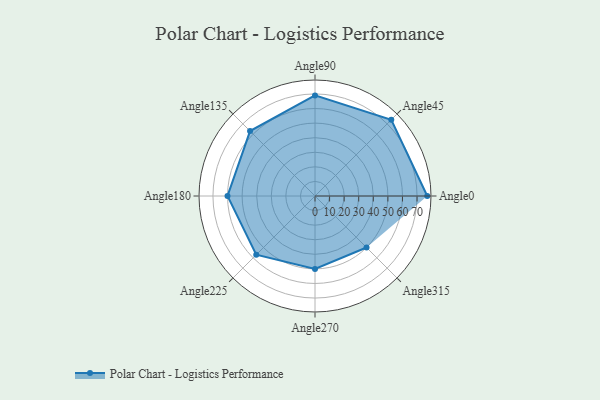
{"axis": {"x": "Angle", "y": "Radius"}, "legend": [""], "data": [{"x": "Angle0", "y": 77.0, "type": ""}, {"x": "Angle45", "y": 74.0, "type": ""}, {"x": "Angle90", "y": 69.0, "type": ""}, {"x": "Angle135", "y": 63.0, "type": ""}, {"x": "Angle180", "y": 60.0, "type": ""}, {"x": "Angle225", "y": 57.0, "type": ""}, {"x": "Angle270", "y": 50, "type": ""}, {"x": "Angle315", "y": 50, "type": ""}]}